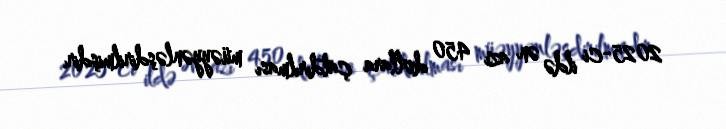
2025-ci ildə ən azı 450 dollara çatdırılması müəyyənləşdirilmişdir.